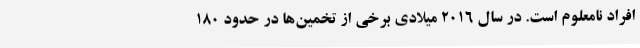
افراد نامعلوم است. در سال ۲۰۱۶ میلادی برخی از تخمین‌ها در حدود ۱۸۰